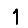
Digit: 1